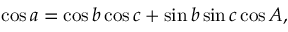
\cos a = \cos b \cos c + \sin b \sin c \cos A ,